Leprosy in India: report of the Leprosy Commission in India, 1890-91
Year: 1890
Disease focus: Leprosy
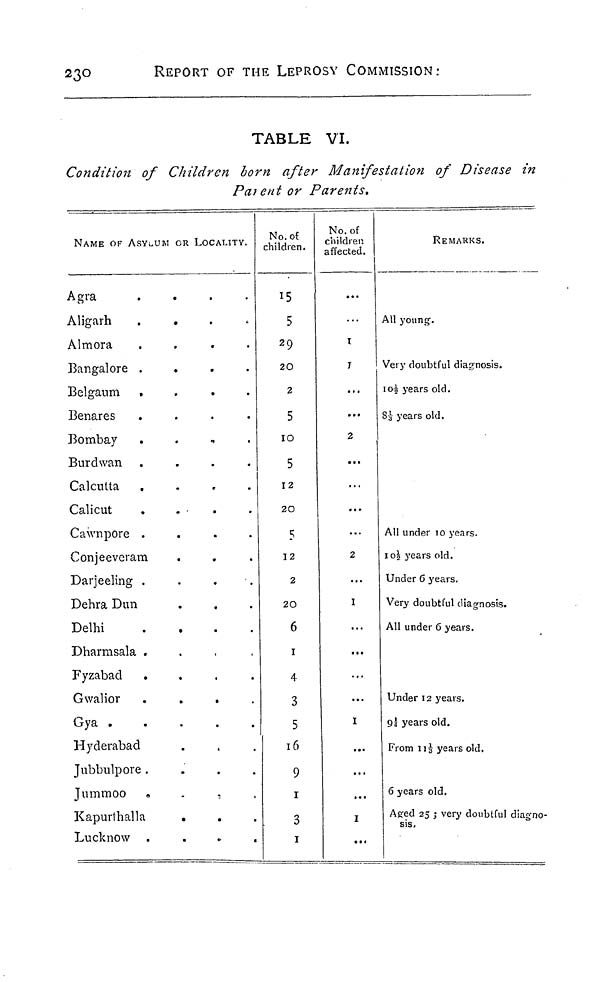
230
REPORT OF THE LEPROSY COMMISSION:
TABLE VI.
Condition of Children born after Manifestation of Disease in
Parent or Parents.
NAME OF ASYLUM OR LOCALITY.
A g r a
.
.
.
.
A l i g a r h
.
A l m o r a
.
.
.
.
B a n g a l o r e
.
.
.
.
B e l g a u m
.
.
.
.
B e n a r e s
.
.
.
.
B o m b a y
B u r d w a n
.
.
.
.
C a l c u t t a
.
.
.
.
C a l i c u t
.
.
.
.
C a w n p o r e
.
.
.
.
C o n j e e v e r a m
D a r j e e l i n g
.
.
.
.
D e h r a D u n
D e l h i
.
.
.
.
D h a r m s a l a .
F y z a b a d
.
.
.
.
G w a l i o r
.
.
.
.
G y a
H y d e r a b a d
J u b b u l p o r e
.
.
.
.
Jummoo »
Kapurthalla
.
Lucknow .
No.
of
children.
15
5
29
20
2
5
10
5
12
20
5
12
2
20
6
1
4
3
5
16
9
1
3
1
No. of
children
affected.
...
T
I
...
...
2
...
...
...
2
I
...
...
...
I
...
...
...
I
...
REMARKS.
All young.
Very doubtful diagnosis.
101/2 years old.
8 1 / 3 years old.
All under 10 years.
101/2 years old.
Under 6 years.
Very doubtful diagnosis.
All under 6 years.
Under 12 years.
91/4 years old.
From 111/3 years old,
6 years old.
Aged 25 ; very doubtful diagno-
sis.